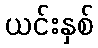
ယင်းနှစ်